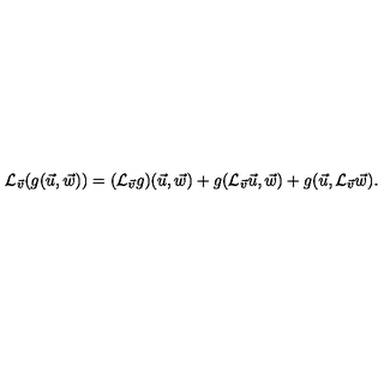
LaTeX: { \cal L } _ { \vec { v } } ( g ( \vec { u } , \vec { w } ) ) = ( { \cal L } _ { \vec { v } } g ) ( \vec { u } , \vec { w } ) + g ( { \cal L } _ { \vec { v } } \vec { u } , \vec { w } ) + g ( \vec { u } , { \cal L } _ { \vec { v } } \vec { w } ) .